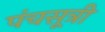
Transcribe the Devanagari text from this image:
पंचसूत्री